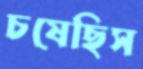
চষেছিস